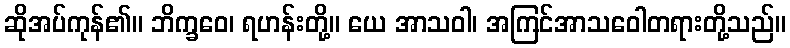
ဆိုအပ်ကုန်၏။ ဘိက္ခဝေ၊ ရဟန်းတို့။ ယေ အာသဝါ၊ အကြင်အာသဝေါတရားတို့သည်။